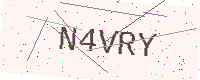
Text: N4VRY